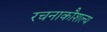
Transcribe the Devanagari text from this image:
रचनाकौशल्य